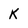
Character: K